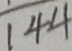
1 4 4